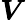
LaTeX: \boldsymbol{V}